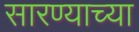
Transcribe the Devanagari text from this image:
सारण्याच्या